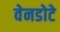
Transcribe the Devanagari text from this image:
वेनडोटे